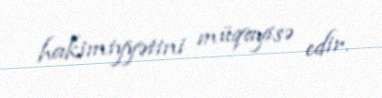
hakimiyyətini müqayisə edir.